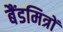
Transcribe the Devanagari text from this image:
बैंडमित्रों